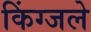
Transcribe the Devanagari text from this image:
किंग्जले